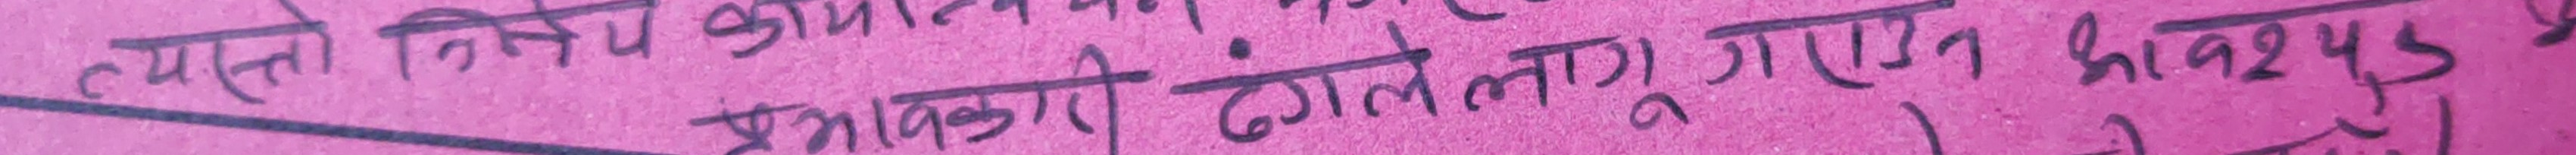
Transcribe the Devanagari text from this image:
त्यस्तो निक्षेप आयोजना प्रकाशको ढंगले लागु गएन भने त्यसको